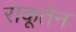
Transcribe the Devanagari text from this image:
राकूतेन